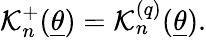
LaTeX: \mathcal{K}_{n}^{+}(\underline{{{{\theta}}}})=\mathcal{K}_{n}^{(q)}(\underline{{{{\theta}}}}).